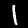
Digit: 1